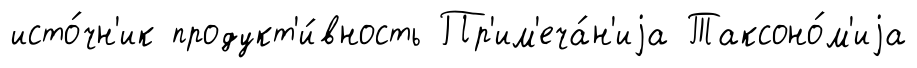
исто́чн'ик продукт'и́вность Пр'им'еча́н'иjа Таксоно́м'иjа